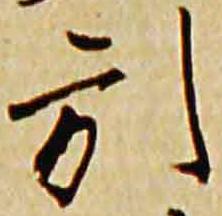
引